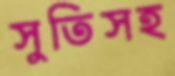
সুতিসহ